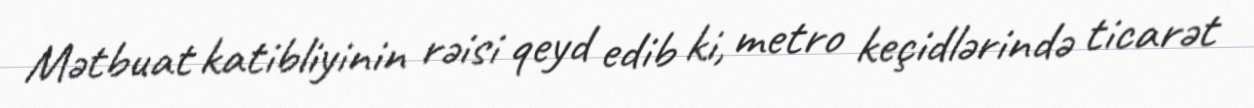
Mətbuat katibliyinin rəisi qeyd edib ki, metro keçidlərində ticarət